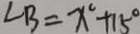
\angle B = x ^ { \circ } + 1 5 ^ { \circ }